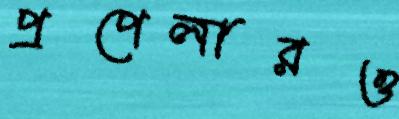
প্রপেলারও